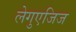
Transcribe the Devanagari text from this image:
लेगुएजिज